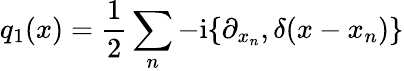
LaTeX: q_{1}(x)=\frac 12\sum_{n}-\mathrm{i}\{ \partial_{x_{n}},\delta(x-x_{n})\}